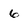
Character: 6